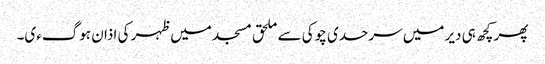
پھر کچھ ہی دیر میں سرحدی چوکی سے ملحق مسجد میں ظہر کی اذان ہوگءی۔